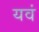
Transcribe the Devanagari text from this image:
यवं